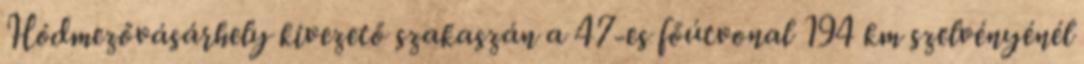
Hódmezővásárhely kivezető szakaszán a 47-es főútvonal 194 km szelvényénél